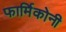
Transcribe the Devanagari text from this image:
फार्मिकोनी